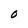
Character: 0